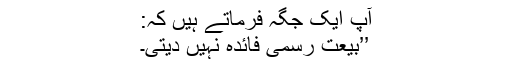
آپ ایک جگہ فرماتے ہیں کہ:
’’بیعت رسمی فائدہ نہیں دیتی۔